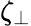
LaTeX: \zeta_{\perp}